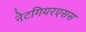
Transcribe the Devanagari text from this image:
नेटगियरएसस